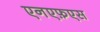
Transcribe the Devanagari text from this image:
एनएफ़एस